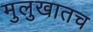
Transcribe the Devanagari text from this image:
मुलुखातच